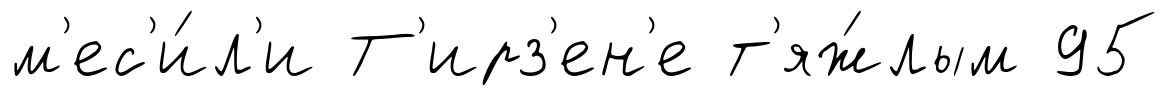
м'ес'и́л'и Т'ирз'ен'е т'яж́лым 95